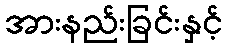
အားနည်းခြင်းနှင့်